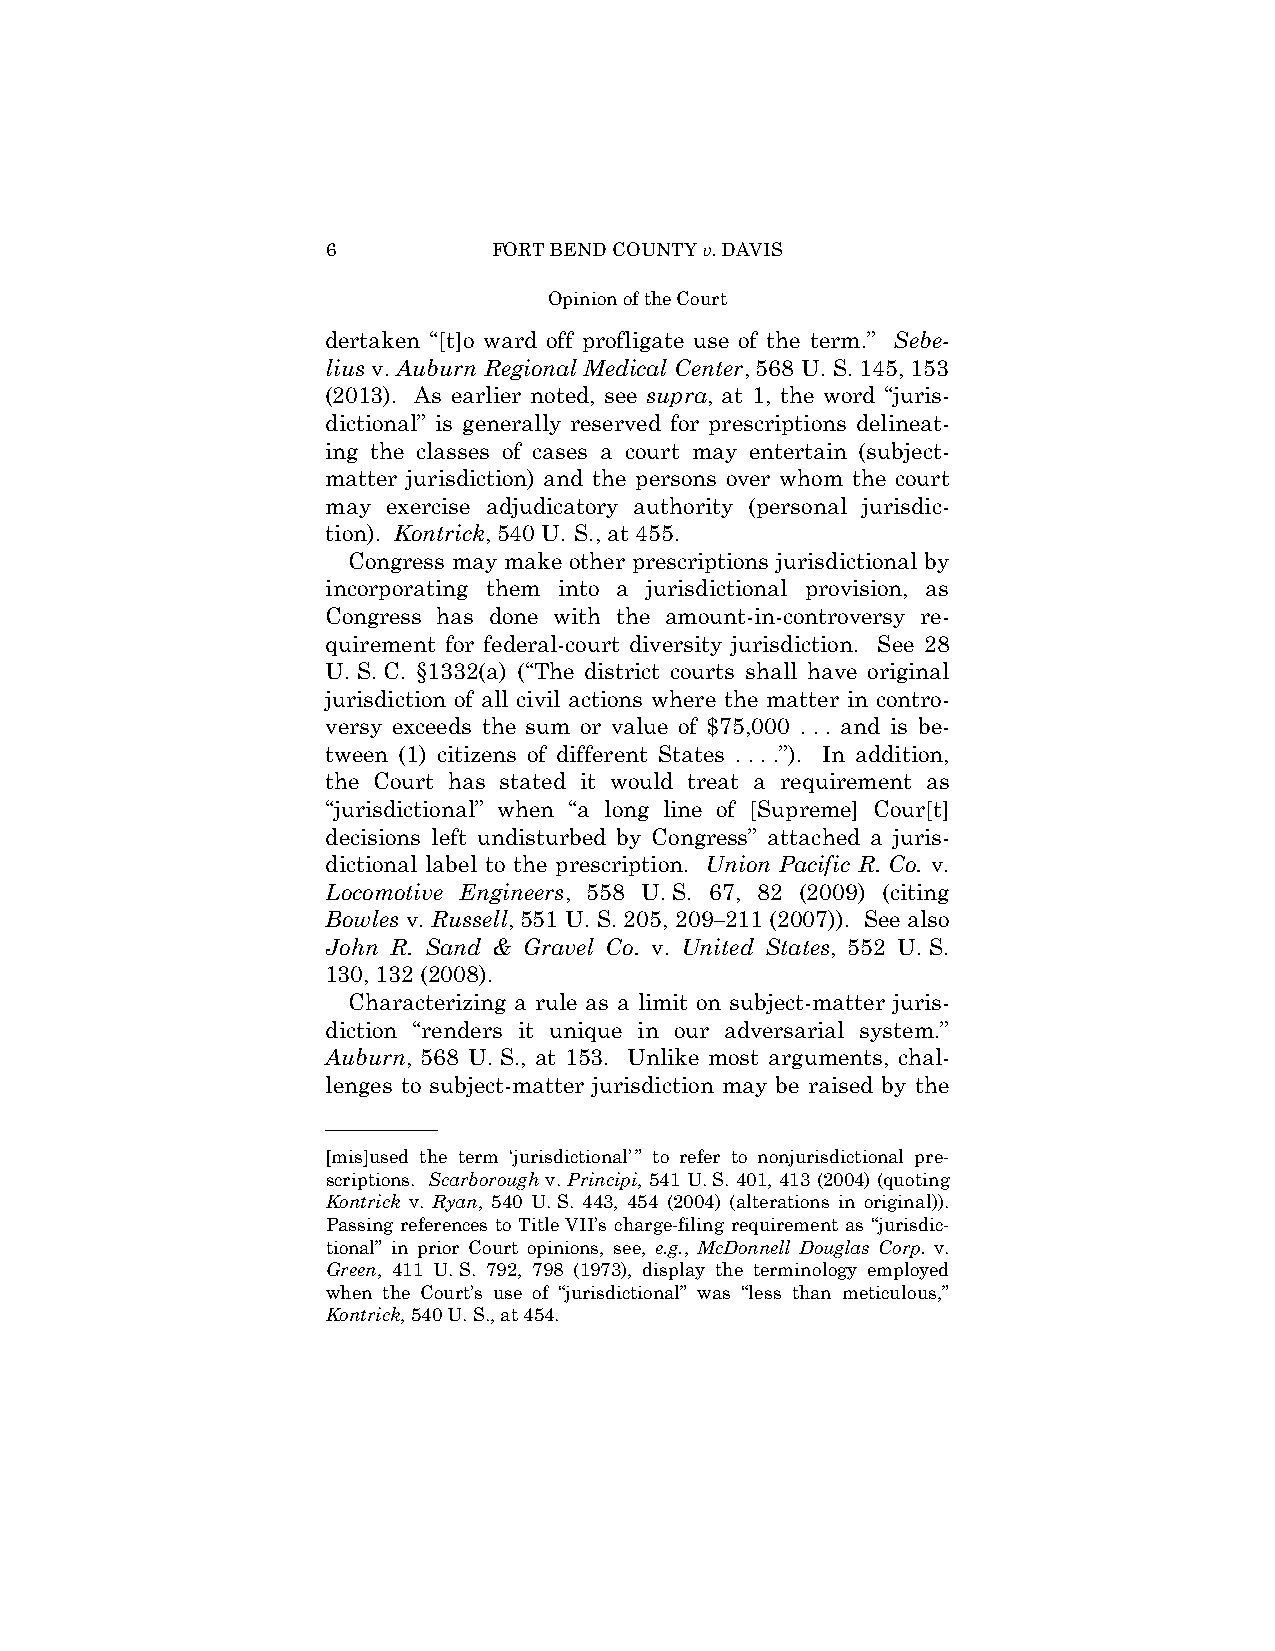
6          FORT BEND COUNTY v. DAVIS
 Opinion of the Court
 dertaken “[t]o ward off profligate use of the term.” Sebe-
 lius v. Auburn Regional Medical Center, 568 U. S. 145, 153
 (2013). As earlier noted, see supra, at 1, the word “juris-
 dictional” is generally reserved for prescriptions delineat-
 ing the classes of cases a court may entertain (subject-
 matter jurisdiction) and the persons over whom the court
 may exercise adjudicatory authority (personal jurisdic-
 tion). Kontrick, 540 U. S., at 455.
 Congress may make other prescriptions jurisdictional by
 incorporating them into a jurisdictional provision, as
 Congress has done with the amount-in-controversy re-
 quirement for federal-court diversity jurisdiction. See 28
 U. S. C. §1332(a) (“The district courts shall have original
 jurisdiction of all civil actions where the matter in contro-
 versy exceeds the sum or value of $75,000 . . . and is be-
 tween (1) citizens of different States . . . .”). In addition,
 the Court has stated it would treat a requirement as
 “jurisdictional” when “a long line of [Supreme] Cour[t]
 decisions left undisturbed by Congress” attached a juris-
 dictional label to the prescription. Union Pacific R. Co. v.
 Locomotive Engineers, 558 U. S. 67, 82 (2009) (citing
 Bowles v. Russell, 551 U. S. 205, 209–211 (2007)). See also
 John R. Sand & Gravel Co. v. United States, 552 U. S.
 130, 132 (2008).
 Characterizing a rule as a limit on subject-matter juris-
 diction “renders it unique in our adversarial system.”
 Auburn, 568 U. S., at 153. Unlike most arguments, chal-
 lenges to subject-matter jurisdiction may be raised by the
 ——————
 [mis]used the term ‘jurisdictional’ ” to refer to nonjurisdictional pre-
 scriptions. Scarborough v. Principi, 541 U. S. 401, 413 (2004) (quoting
 Kontrick v. Ryan, 540 U. S. 443, 454 (2004) (alterations in original)).
 Passing references to Title VII’s charge-filing requirement as “jurisdic-
 tional” in prior Court opinions, see, e.g., McDonnell Douglas Corp. v.
 Green, 411 U. S. 792, 798 (1973), display the terminology employed
 when the Court’s use of “jurisdictional” was “less than meticulous,”
 Kontrick, 540 U. S., at 454.